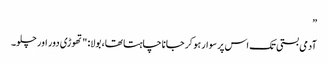
”
آدمی بستی تک اس پر سوار ہو کر جانا چاہتا تھا، بولا: "تھوڑی دور اور چلو۔